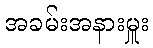
အခမ်းအနားမှူး